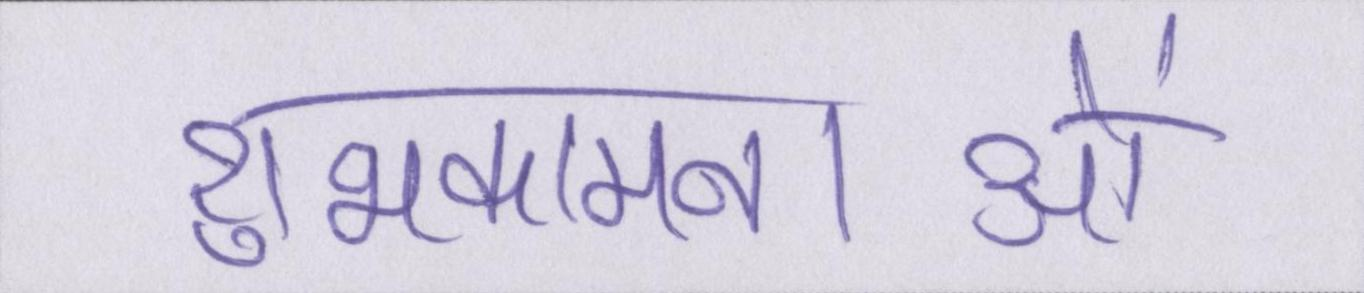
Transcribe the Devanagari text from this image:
शुभकामनाओं